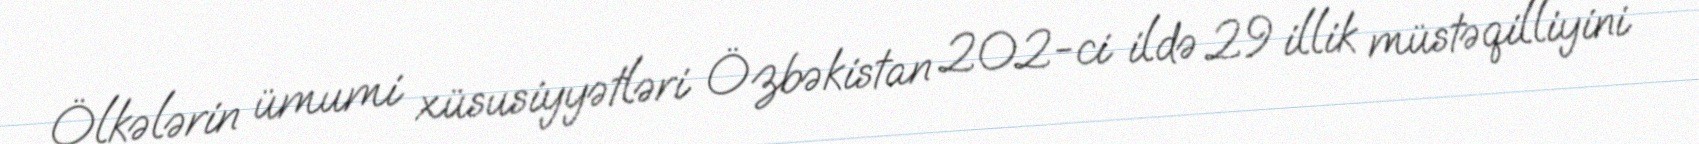
Ölkələrin ümumi xüsusiyyətləri Özbəkistan 202-ci ildə 29 illik müstəqilliyini